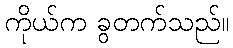
ကိုယ်က ခွတက်သည်။